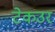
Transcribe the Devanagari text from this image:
टेकउर